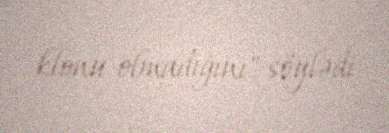
klonu olmadığını" söylədi.